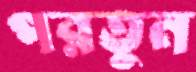
পরতুন